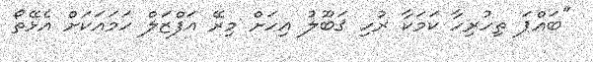
"ބައްޕަ ތިހުރިހާ ކަމަކާ ރުހި ޤަބޫލު އިހަށް މިރޭ އަފްޒަލް ހަމައަކަށް އެޅޭތޯ